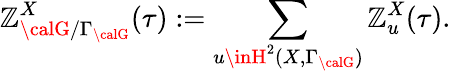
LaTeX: \mathbb{Z}_{{\calG}/\Gamma_{\calG}}^{X}(\tau):=\sum_{u\inH^{2}(X,\Gamma_{\calG})}\mathbb{Z}_{u}^{X}(\tau).